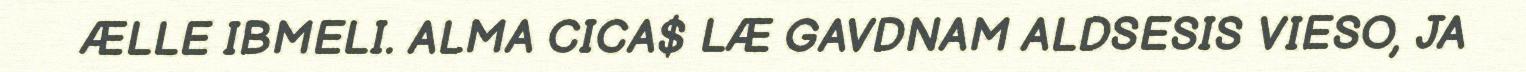
ÆLLE IBMELI. ALMA CICA$ LÆ GAVDNAM ALDSESIS VIESO, JA